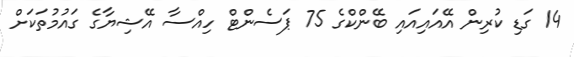
14 ގަޑި ކުރިން އޭއައިއައި ބޭންކްގެ 75 ޕަސެންޓް ހިއްސާ އޭޝިޔާގެ ގައުމުތަކަށް